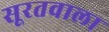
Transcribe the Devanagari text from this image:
सूरतवाला